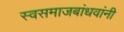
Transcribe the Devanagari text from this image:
स्वसमाजबांधवांनी